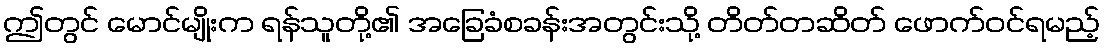
ဤတွင် မောင်မျိုးက ရန်သူတို့၏ အခြေခံစခန်းအတွင်းသို့ တိတ်တဆိတ် ဖောက်ဝင်ရမည့်